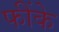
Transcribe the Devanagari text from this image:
फींके